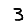
Digit: 3